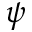
\psi